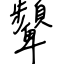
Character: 顰